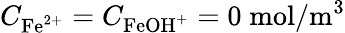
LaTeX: C_{\mathrm{Fe}^{2+}}=C_{\mathrm{FeOH}^{+}}=0\; \mathrm{mol}/\mathrm{m}^{3}